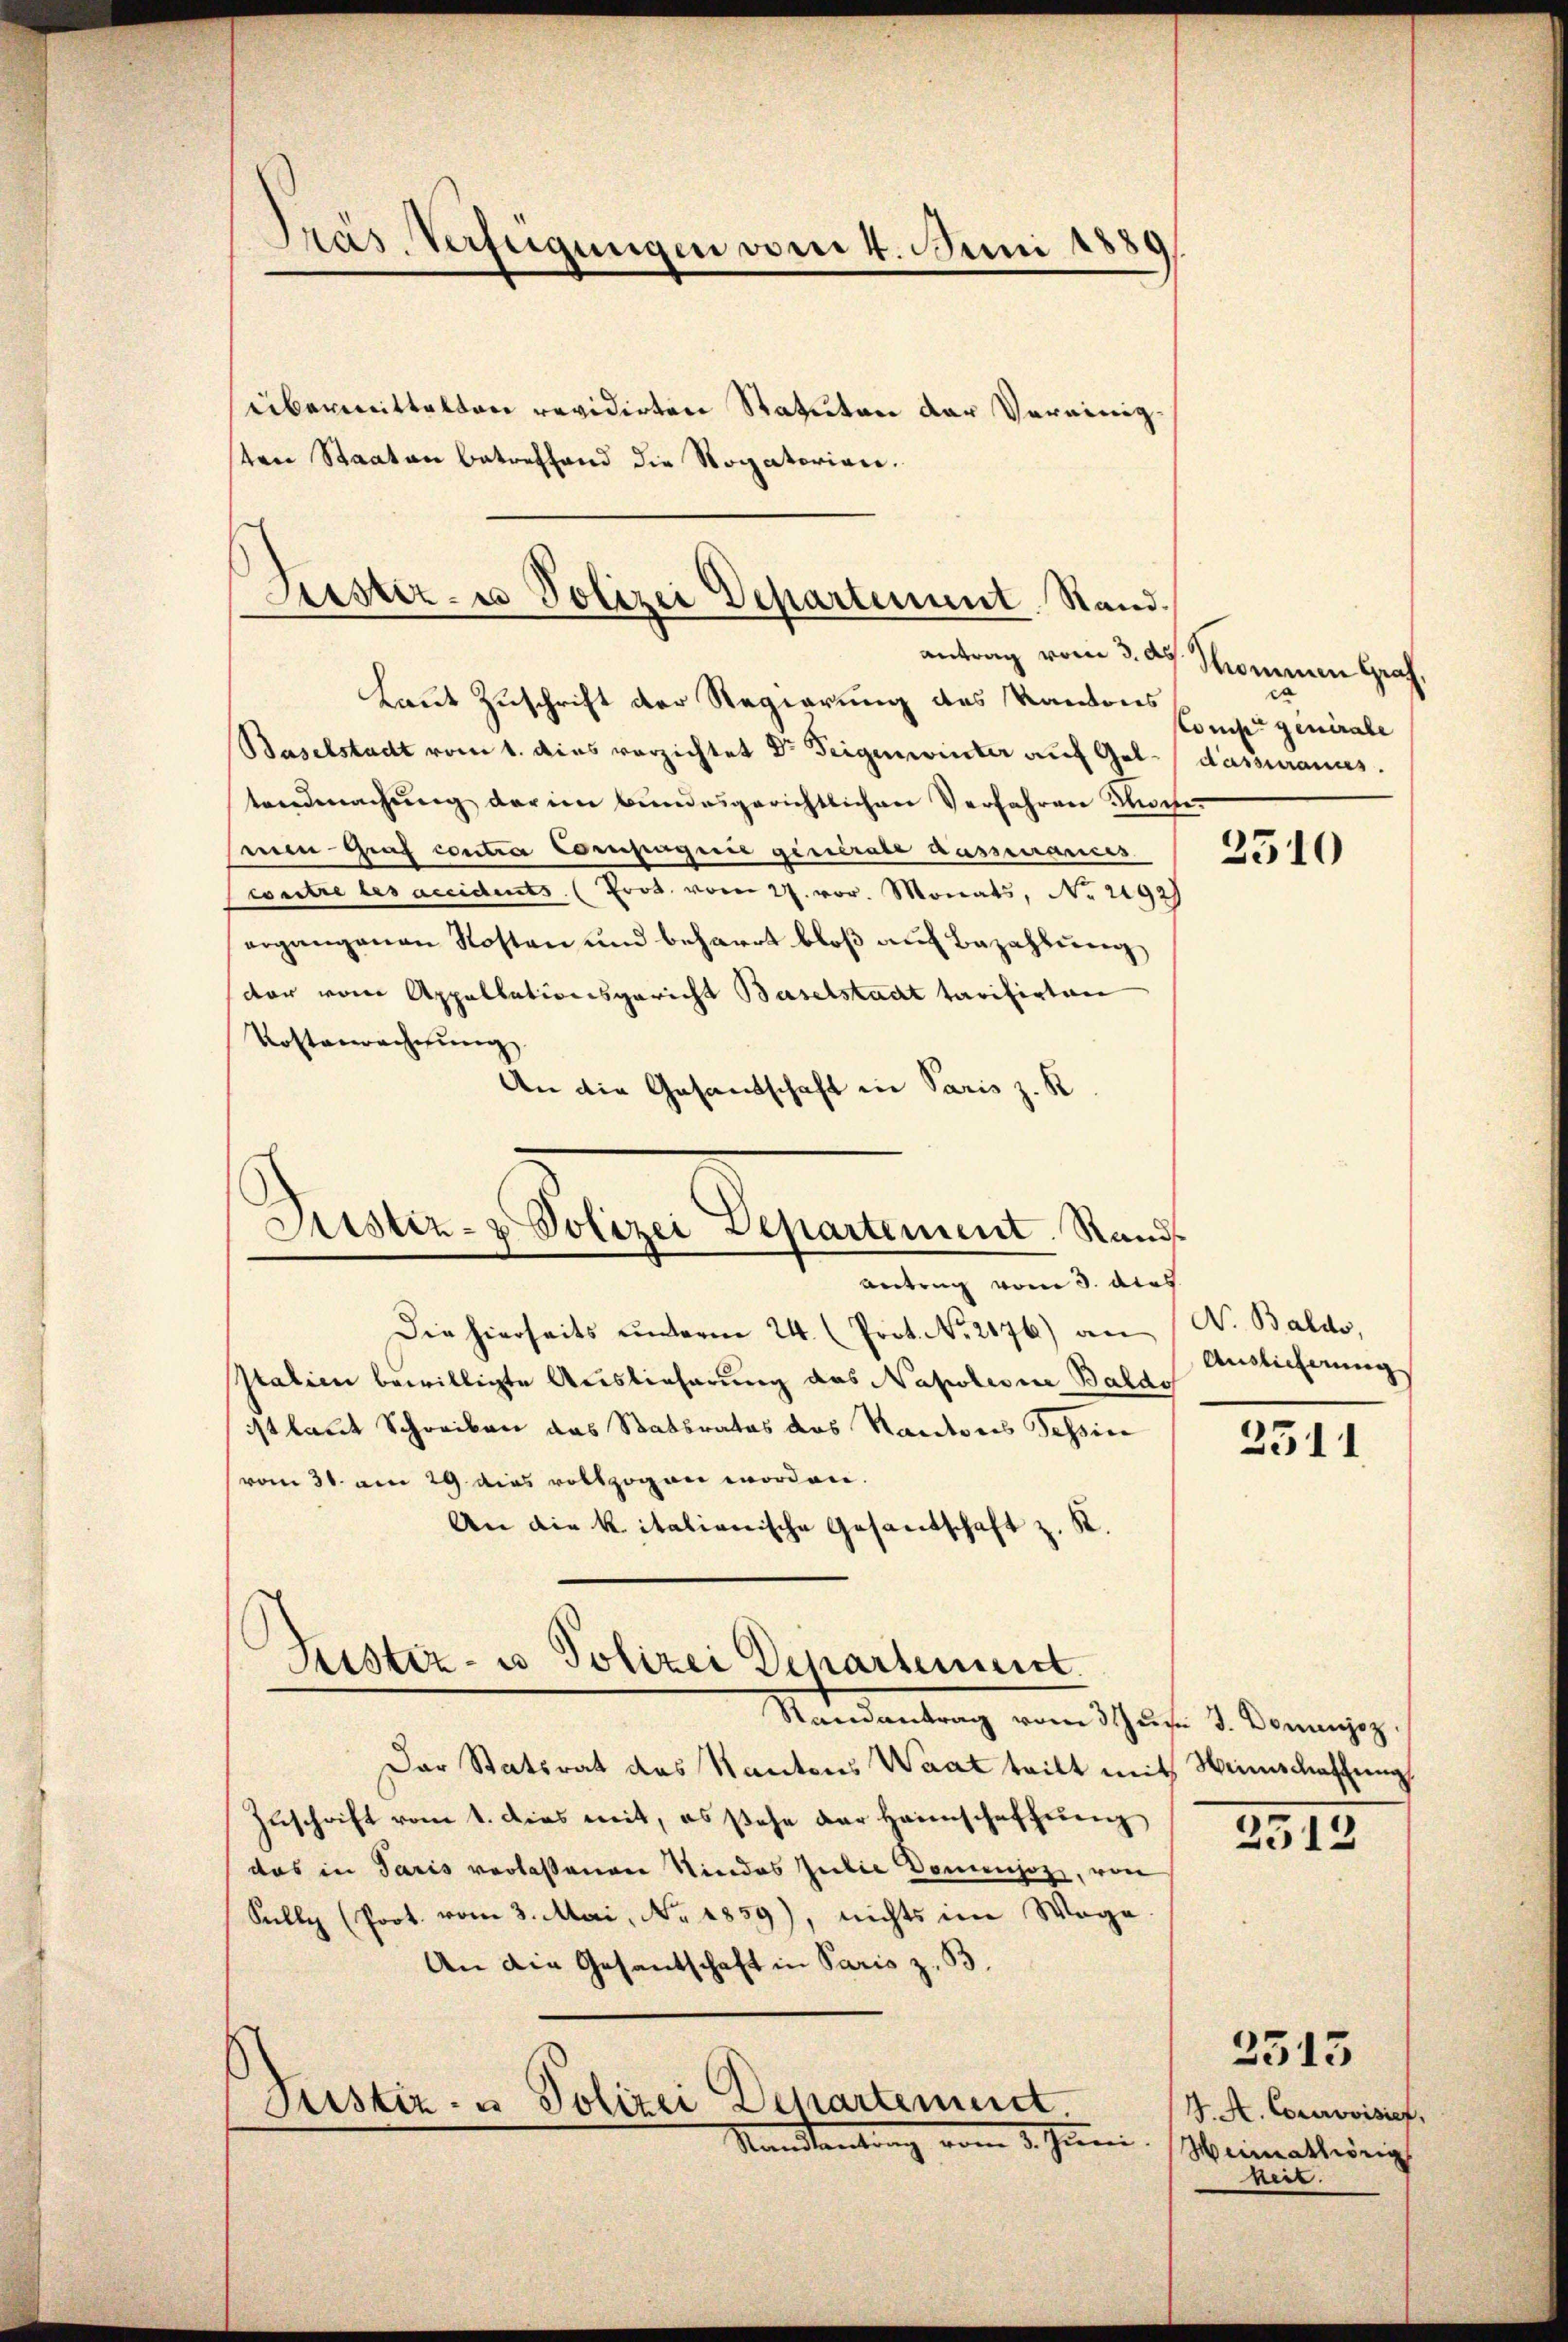
übermittelten revidirten Statuten der Vereinigten Staaten betreffend die Rogatorian.

Präs. Verfügungen vom 4. Juni 1889/

Justiz- u Polizei Departement. Stand.

Laut Zuschrift der Regierung des Kantons
Baselstadt vom 1. dies verzichtet Dr Teigenwinter auf Gelassurancs.
tendmachŭng darin bundesgerichtlichen Verfahren Koche
senen Graf contra Compagnie generale Ausscurances
weitre les accidents (Prot. vom 27. vor. Monats, No 2192
ergangenen Kosten und beharrt bloß auf Bezahlung
dor vom Appellationsgericht Baselstadt tarifirten
Kostenwachtung
An die Gesandschaft in Paris z. K

Diustiz- & Polizei Departement. Rands

Justiz- u Polizei Departement.

Antrag vom 3. Acas.
Die hierseits ŭnterm 24. (Prot. No. 2176) an
Italien bewilligte Auslieferung des Napoleone Baldo
ist laut Schreiben das Statsrates des Kantons Tessin
vom 31. am 29 dies vollzogen worden.
An die kitalienische Gesandschaft z. K.
Randantrag vom 3 Juni d. Donnjoz
Der Statsrat des Kantons Waat teilt mit Weinschaffung
Zuschrift vom 1. dies mit, es stehe der Heimschaffung
das in Paris verlassenen Kindes Julie Domenjoz, von
Sully (Poot. vom 3. Mai, No. 1859), nichts im Wage
An die Gesantschaft in Paris z. B.
Peistiz- & Polizei Departement
Namstantung vom 2. Juni.

antrag vom 3. ds. Sommen Graf,
ca
const generale

3510

N. Baldo,
Auslieferung

2511

2513

J. A. Corrovisier,
Heimathörig
bert.

2515